system: You are a helpful assistant.
user:
Analyze the provided spectrum to determine if it is a **M-type Giant (gM)**.

A M-type Giant spectrum is defined by its **strong molecular absorption** features, particularly from **Titanium Oxide (TiO)**. You must check for one of the following mutually exclusive signatures:

- **Key Visual Indicators (Absorption-Dominated Spectrum):**

    - **(Primary):** The spectrum is dominated by strong molecular absorption from **Titanium Oxide (TiO)**. This is the **defining feature** of its M-type temperature class.
        - **(Key Bandheads):** Look for sharp, "saw-tooth" absorption valleys. The strongest are located near **~7050 Å**, **~6160 Å**, and **~5170 Å**.
        - **(Line Profile):** The "saw-tooth" morphology is critical: a **sharp, steep drop on the BLUE (short-wavelength) side** of the bandhead, followed by a gradual recovery (rising flux) towards the RED (long-wavelength) side.

    - **(Key Confirmation - Giant vs. Dwarf):** **ABSENCE** of strong **Calcium Hydride (CaH)** molecular bands. This is the primary diagnostic for *excluding* M-dwarfs.
        - **(Key Region):** The spectrum should lack the strong, broad absorption band seen in dwarfs between **~6800 Å and ~7000 Å**.

    - **(Secondary Confirmation - Giant):** A very strong and broad **Neutral Calcium (Ca I)** atomic absorption line.
        - **(Key Line):** Located at **~4226 Å**. In a giant (gM), this line is significantly deeper and broader than the same line in an M-dwarf (dM) due to low surface gravity.

    - **(Overall Spectrum):**
        - The continuum is **extremely red-sloping** (i.e., flux is very low in the blue and rises dramatically towards the red).
        - The entire spectrum appears "chopped up" by the deep TiO bands.

Think first, call **spectral_visualization_tool** if needed to examine features in detail, then provide your final answer. Your response must adhere to the following strict rules:
1.  **Overall Structure:** Your response must follow the format `<think>...</think> <tool_call>...</tool_call> (if a tool is used) <answer>...</answer>`.
2.  **Tool Usage Constraint:** You may only make **one** tool call per turn.
3.  **Final Answer Format:** In the `<answer>` tag, your conclusion must be inside a `\boxed{}` command (e.g., `\boxed{YES}` or `\boxed{NO}`), followed by your justification.

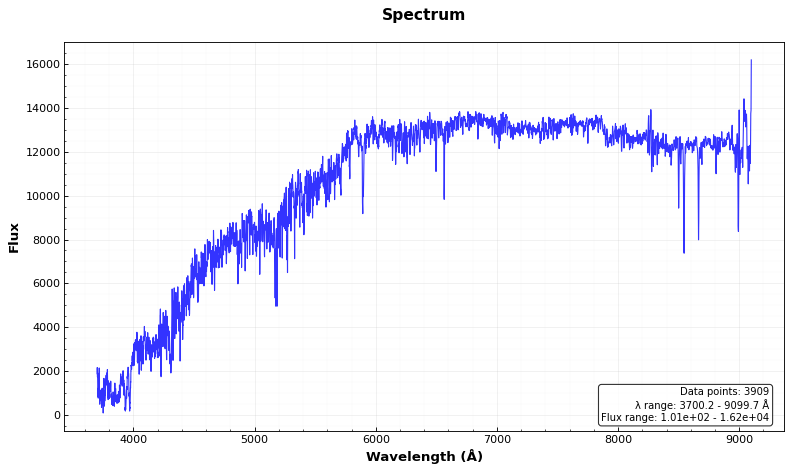
Answer: NO